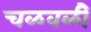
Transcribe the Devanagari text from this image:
चळवळीे